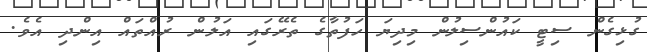
ގުޅިގެން ސިޓީ ކައުންސިލުން މިދިޔަ ހަފުތާގެ ތެރޭގައި އަލުން ރުއްތައް އިންދި އެވެ.